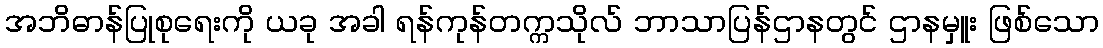
အဘိဓာန်ပြုစုရေးကို ယခု အခါ ရန်ကုန်တက္ကသိုလ် ဘာသာပြန်ဌာနတွင် ဌာနမှူး ဖြစ်သော